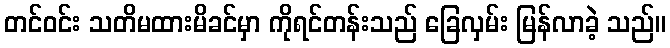
တင်ဝင်း သတိမထားမိခင်မှာ ကိုရင်တန်းသည် ခြေလှမ်း မြန်လာခဲ့ သည်။